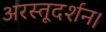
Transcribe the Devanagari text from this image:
अरस्तूदर्शन।